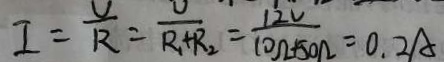
I = \frac { U } { R } = \frac { U } { R _ { 1 } + R _ { 2 } } = \frac { 1 2 V } { 1 0 \Omega + 5 0 \Omega } = 0 . 2 A